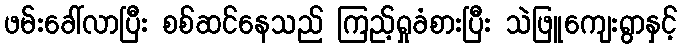
ဖမ်းခေါ်လာပြီး စစ်ဆင်နေသည် ကြည့်ရှုခံစားပြီး သဲဖြူကျေးရွာနှင့်